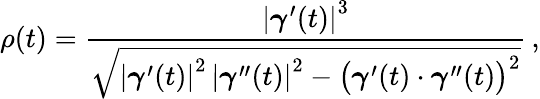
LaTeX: \rho(t)={\frac{\left|{\boldsymbol{\gamma}}^{\prime}(t)\right|^{3}}{\sqrt{\left|{\boldsymbol{\gamma}}^{\prime}(t)\right|^{2}\, \left|{\boldsymbol{\gamma}}^{\prime\prime}(t)\right|^{2}-{\big(}{\boldsymbol{\gamma}}^{\prime}(t)\cdot{\boldsymbol{\gamma}}^{\prime\prime}(t){\big)}^{2}}}}\, ,